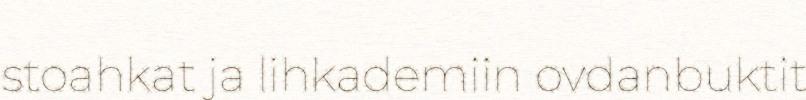
stoahkat ja lihkademiin ovdanbuktit